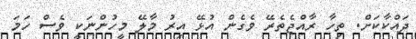
ދައްކާކަށް. ތިހާ ރާއްޖެތެރޭ ވެގެން އުޅޭ އިރު މާލޭ މީހުންނަކީ ވެސް ހަމަ